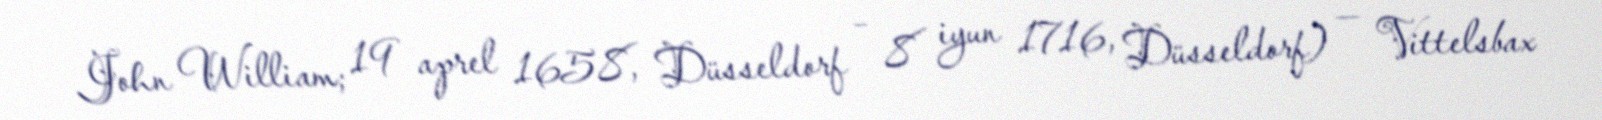
John William; 19 aprel 1658, Düsseldorf – 8 iyun 1716, Düsseldorf) — Vittelsbax